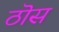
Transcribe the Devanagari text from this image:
ठॊस